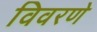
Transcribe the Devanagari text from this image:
विवरणे